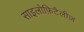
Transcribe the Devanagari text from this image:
साइलोफ़िटैलीज़